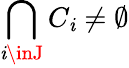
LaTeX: \bigcap_{\mathit{i}\inJ}C_{\mathit{i}}\neq\emptyset